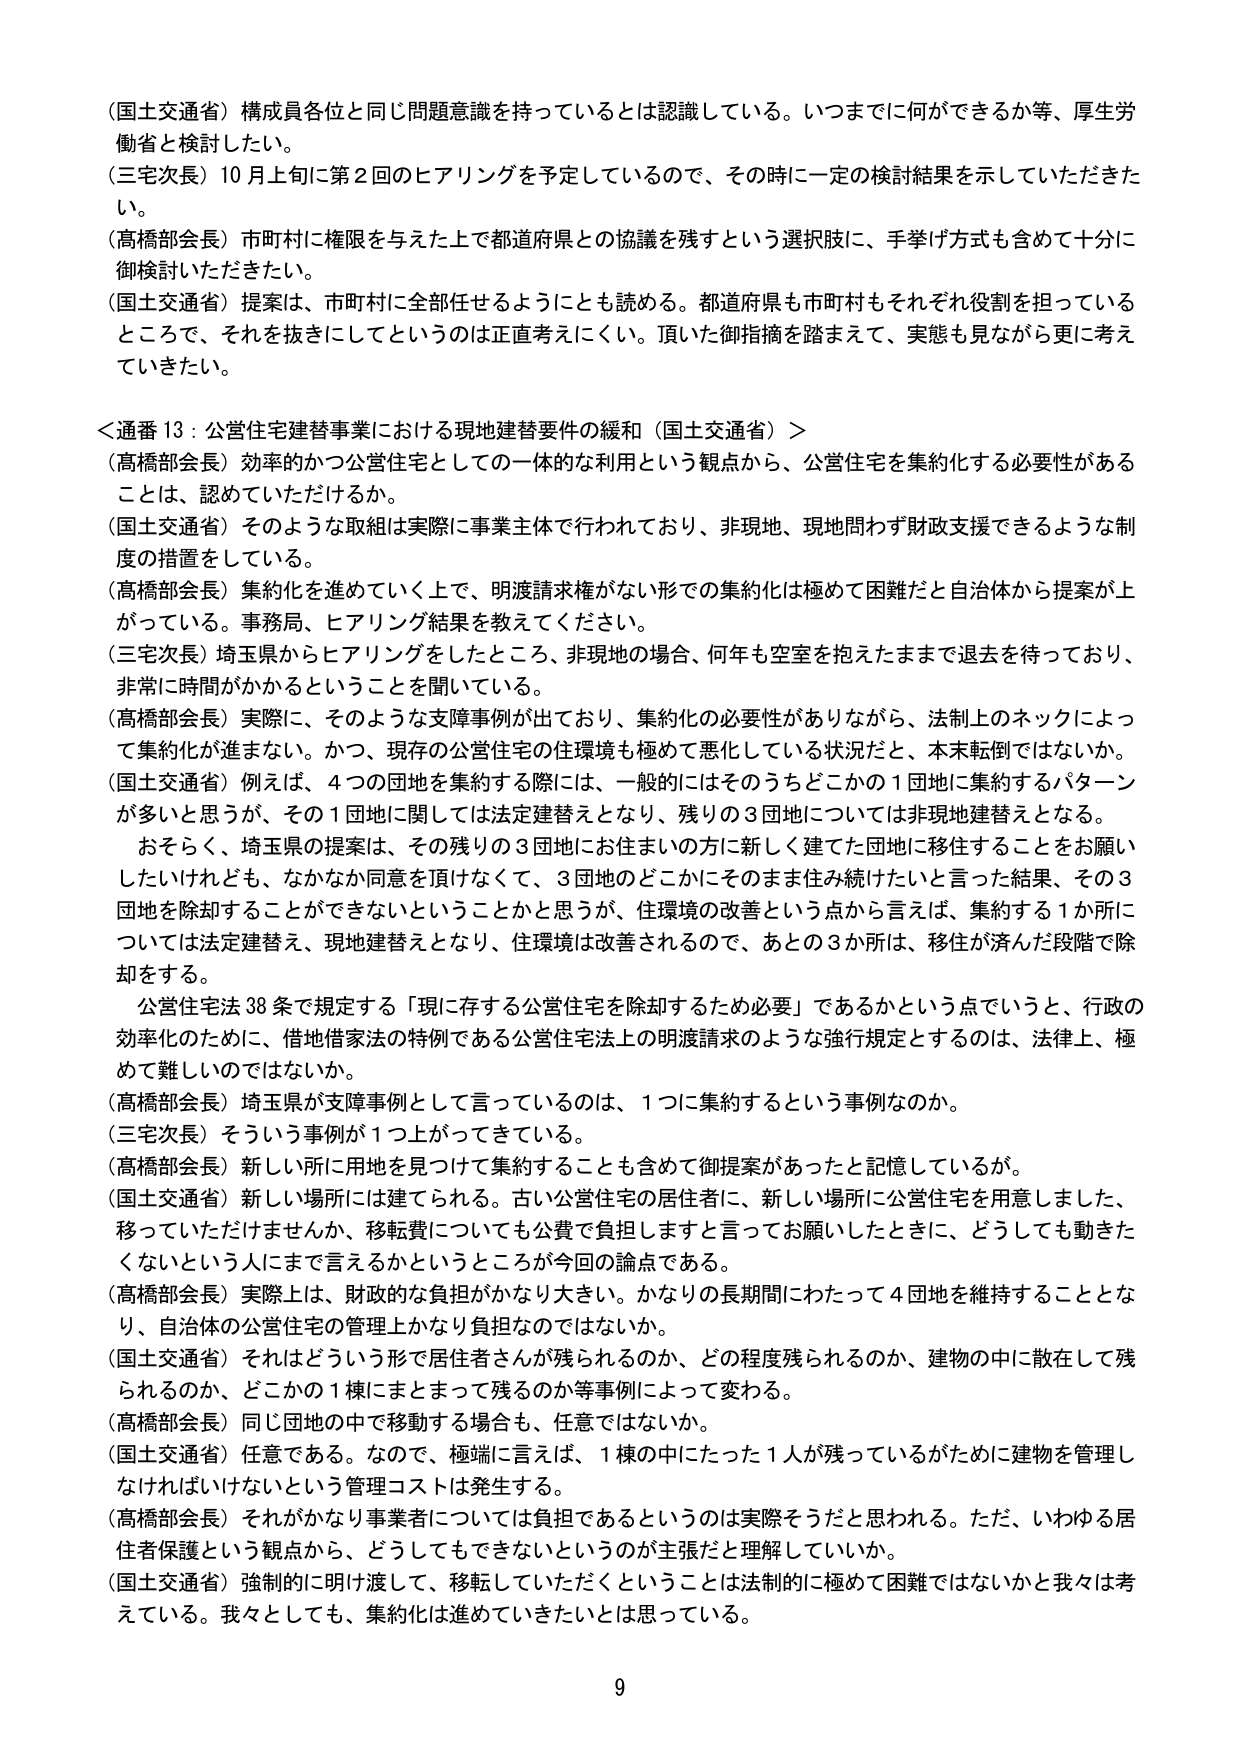
（国土交通省）構成員各位と同じ問題意識を持っていることは認識している。いつまでに何ができるか等、厚生労働省と検討したい。
（三宅次長）10月上旬に第2回のヒアリングを予定しているので、その時に一定の検討結果を示していただきたい。
（高橋部会長）市町村に権限を与えた上で都道府県との協議を残すという選択肢に、手挙げ方式も含めて十分に御検討いただきたい。
（国土交通省）提案は、市町村に全部任せるようにとも読める。都道府県も市町村もそれぞれ役割を担っているところで、それを抜きにしてというのは正直考えにくい。頂いた御指摘を踏まえて、実態も見ながら更に考えていきたい。

＜通番13：公営住宅建替事業における現地建替要件の緩和（国土交通省）＞
（高橋部会長）効率的かつ公営住宅としての一体的な利用という観点から、公営住宅を集約化する必要性があることは、認めていただけるか。
（国土交通省）そのような取組は実際に事業主体で行われており、非現地、現地問わず財政支援できるような制度の措置をしている。
（高橋部会長）集約化を進めていく上で、明渡請求権がない形での集約化は極めて困難だと自治体から提案が上がっている。事務局、ヒアリング結果を教えてください。
（三宅次長）埼玉県からヒアリングをしたところ、非現地の場合、何年も空室を抱えたままで退去を待っており、非常に時間がかかるということを聞いている。
（高橋部会長）実際に、そのような支障事例が出ており、集約化の必要性がありながら、法制上のネックによって集約化が進まない。かつ、現存の公営住宅の住環境も極めて悪化している状況だと、本末転倒ではないか。
（国土交通省）例えば、4つの団地を集約する際には、一般的にはそのうちどこかの1団地に集約するパターンが多いと思うが、その1団地に関しては法定建替えとなり、残りの3団地については非現地建替えとなる。
　おそれく、埼玉県の提案は、その残りの3団地にお住まいの方に新しく建てた団地に移住することをお願いしたいけれども、なかなか同意を頂けなくて、3団地のどこかにそのまま住み続けたいと言った結果、その3団地を除却することができないということかと思うが、住環境の改善という点から言えば、集約する1か所については法定建替え、現地建替えとなり、住環境は改善されるので、あとの3か所は、移住が済んだ段階で除却をする。
　公営住宅法38条で規定する「現に存する公営住宅を除却するため必要」であるかという点でいうと、行政の効率化のために、借地借家法の特例である公営住宅法上の明渡請求のような強行規定とするのは、法律上、極めて難しいのではないか。
（高橋部会長）埼玉県が支障事例として言っているのは、1つに集約するという事例なのか。
（三宅次長）そういう事例が1つ上がってきてている。
（高橋部会長）新しい所に用地を見つけて集約することも含めて御提案があったと記憶しているが。
（国土交通省）新しい場所には建てられる。古い公営住宅の居住者に、新しい場所に公営住宅を用意しました、移っていただけませんか、移転費についても公費で負担しますと言ってお願いしたときに、どうしても動きたくないという人にまで言えるかというところが今回の論点である。
（高橋部会長）実際上は、財政的な負担がかなり大きい。かなりの長期間にわたって4団地を維持することとなり、自治体の公営住宅の管理上かなり負担なのではないか。
（国土交通省）それはどういう形で居住者さんが残られるのか、どの程度残られるのか、建物の中に散在して残られるのか、どこかの1棟にまとまって残るのか等事例によって変わる。
（高橋部会長）同じ団地の中で移動する場合も、任意ではないか。
（国土交通省）任意である。なので、極端に言えば、1棟の中にたった1人が残っているがために建物を管理しなければいけないという管理コストは発生する。
（高橋部会長）それがかなり事業者については負担であるというのは実際そうだと思われる。ただ、いわゆる居住者保護という観点から、どうしてもできないというのが主張だと理解していいか。
（国土交通省）強制的に明け渡して、移転していただくということは法制的に極めて困難ではないかと我々は考えている。我々としても、集約化は進めていきたいとは思っている。

9